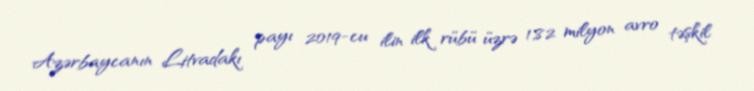
Azərbaycanın Litvadakı payı 2019-cu ilin ilk rübü üzrə 1,82 milyon avro təşkil